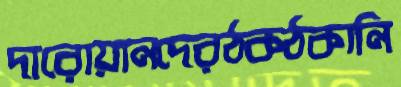
দারোয়ানদেরঠকঠকানি